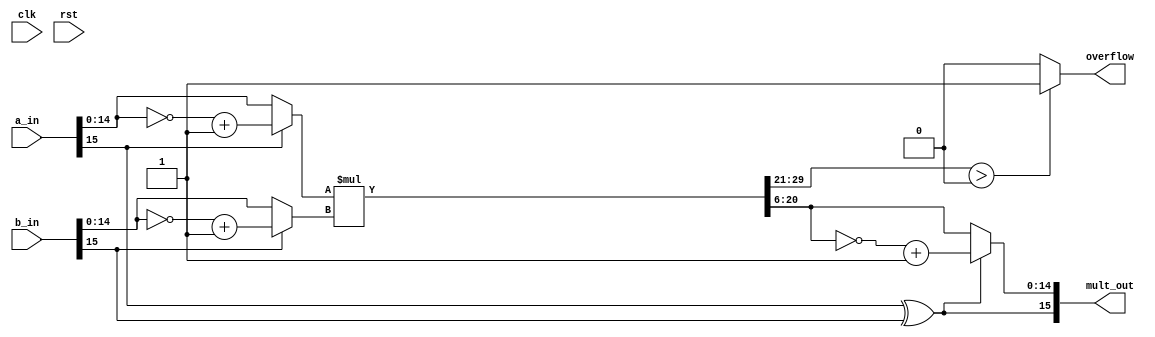
`timescale 1ns / 1ps
// (Q,N) = (12,16) => 1 sign-bit + 3 integer-bits + 12 fractional-bits = 16 total-bits
//                    |S|III|FFFFFFFFFFFF|
// The same thing in A(I,F) format would be A(3,12)
module fp_mul #(
	parameter Q = 6,
    parameter N = 16
    )(
    input clk,
    input rst,
    input  [N-1:0] a_in,
    input  [N-1:0] b_in,
    output [N-1:0] mult_out, //output quantized to same number of bits as the input
    output         overflow  //signal to indicate output greater than the range of the format
    );
            
    // The underlying assumtion is that both fixed-point values are of the same length (N,Q) 
    // The results will of length N+N=2N bits
    // This also simplifies the hand-back of results, as the binimal point
    // will always be in the same location
    
    wire [2*N-1:0]	f_result;		//	Multiplication by 2 values of N bits requires a 
									//	register that is N+N = 2N deep
	wire [N-1:0]    multiplicand;
	wire [N-1:0]	multiplier;
	wire [N-1:0]    a_2cmp, b_2cmp;
	wire [N-2:0]    quantized_result,quantized_result_2cmp;
    
    assign a_2cmp = {~a_in[N-1],~a_in[N-2:0]+ 1'b1};  //2's complement of a {(N-1){1'b1}} - 
	assign b_2cmp = {~b_in[N-1],~b_in[N-2:0]+ 1'b1};  //2's complement of b  {(N-1){1'b1}} - 
	
	assign multiplicand = (a_in[N-1]) ? a_2cmp : a_in;              
    assign multiplier   = (b_in[N-1]) ? b_2cmp : b_in;
    
    assign f_result = multiplicand[N-2:0] * multiplier[N-2:0];  //We remove the sign bit for multiplication
    
    assign mult_out[N-1] = a_in[N-1]^b_in[N-1];                     //Sign bit of output would be XOR or input sign bits
    assign quantized_result = f_result[N-2+Q:Q];              //Quantization of output to required number of bits
    assign quantized_result_2cmp = ~quantized_result[N-2:0] + 1'b1;  //2's complement of quantized_result  {(N-1){1'b1}} - 
    assign mult_out[N-2:0] = (a_in[N-1]^b_in[N-1]) ? quantized_result_2cmp : quantized_result; //If the result is negative, we return a 2's complement representation 
    																					 //of the output value
    assign overflow = (f_result[2*N-2:N-1+Q] > 0) ? 1'b1 : 1'b0;
           
endmodule